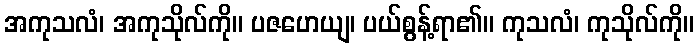
အကုသလံ၊ အကုသိုလ်ကို။ ပဇဟေယျ၊ ပယ်စွန့်ရာ၏။ ကုသလံ၊ ကုသိုလ်ကို။